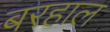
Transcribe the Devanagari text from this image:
बरहाल